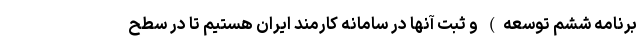
برنامه ششم توسعه) و ثبت آنها در سامانه کارمند ایران هستیم تا در سطح